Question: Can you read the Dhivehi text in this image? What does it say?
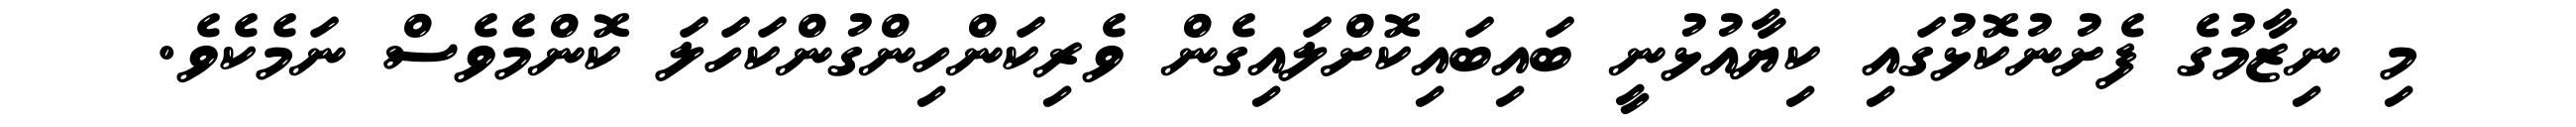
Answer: މި ނިޒާމުގެ ފެށުނުކޮޅުގައި ކިޔާއުޅުނީ ބައިބައިކޮށްލައިގެން ވެރިކަންހިންގުންކަހަލަ ކޮންމެވެސް ނަމެކެވެ.